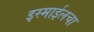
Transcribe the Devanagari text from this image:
इस्माईलचा